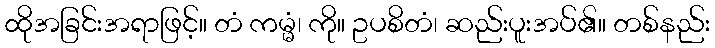
ထိုအခြင်းအရာဖြင့်။ တံ ကမ္မံ၊ ကို။ ဥပစိတံ၊ ဆည်းပူးအပ်၏။ တစ်နည်း